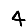
Digit: 4